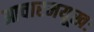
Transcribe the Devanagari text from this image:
आचारमयूखः